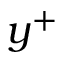
y ^ { + }